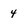
Character: 4